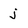
Character: j